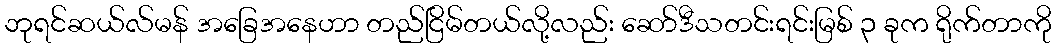
ဘုရင်ဆယ်လ်မန် အခြေအနေဟာ တည်ငြိမ်တယ်လို့လည်း ဆော်ဒီသတင်းရင်းမြစ် ၃ ခုက ရိုက်တာကို